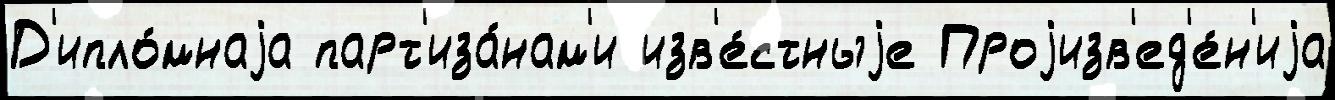
Д'ипло́мнаjа парт'иза́нам'и изв'е́стныjе Проjизв'ед'е́н'иjа